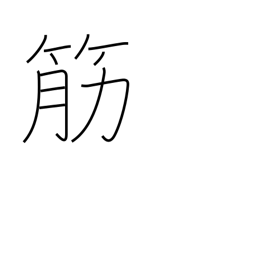
Meaning: descent